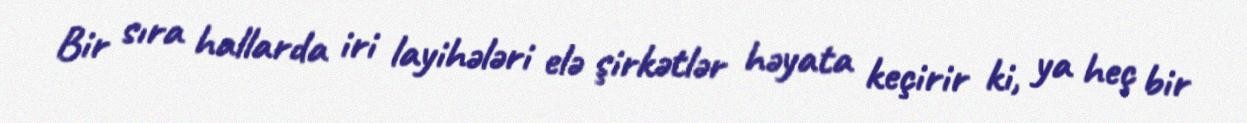
Bir sıra hallarda iri layihələri elə şirkətlər həyata keçirir ki, ya heç bir